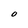
Character: O